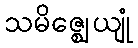
သမိဇ္ဈေယျုံ